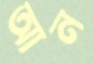
আন